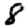
Digit: 8